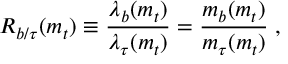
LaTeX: R _ { b / \tau } ( m _ { t } ) \equiv { \frac { \lambda _ { b } ( m _ { t } ) } { \lambda _ { \tau } ( m _ { t } ) } } = { \frac { m _ { b } ( m _ { t } ) } { m _ { \tau } ( m _ { t } ) } } \; ,